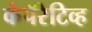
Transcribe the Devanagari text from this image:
कंपॅरेटिव्ह